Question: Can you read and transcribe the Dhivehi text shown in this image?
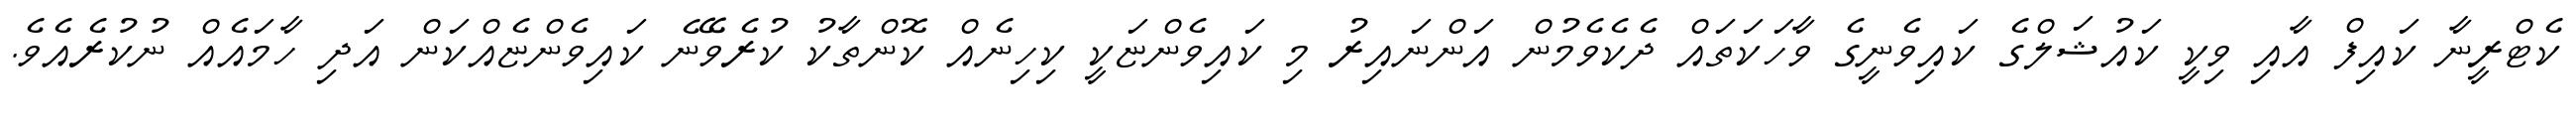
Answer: ކެޓްރީނާ ކައިފް އާއި ވިކީ ކައުޝަލްގެ ކައިވެނީގެ ވާހަކަތައް ދެކެވެމުން އަންނައިރު މި ކައިވެންޏަކީ ކިހިނެއް ކޮންތާކު ކުރެވޭނެ ކައިވެންޏެއްކަން އަދި ހާމައެއް ނުކުރެއެވެ.